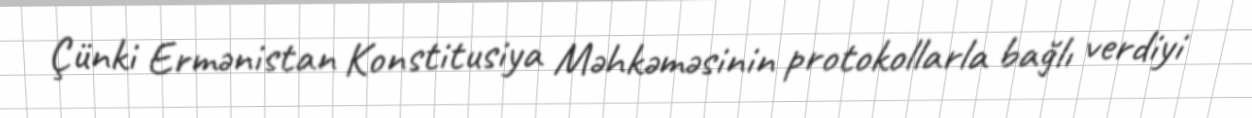
Çünki Ermənistan Konstitusiya Məhkəməsinin protokollarla bağlı verdiyi